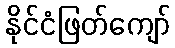
နိုင်ငံဖြတ်ကျော်